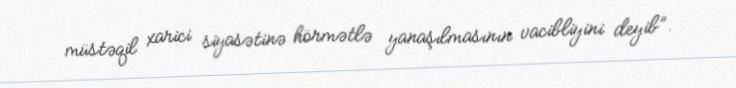
müstəqil xarici siyasətinə hörmətlə yanaşılmasının vacibliyini deyib”.